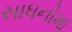
સાધનોમા